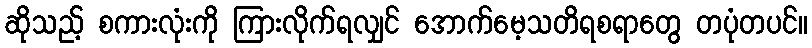
ဆိုသည့် စကားလုံးကို ကြားလိုက်ရလျှင် အောက်မေ့သတိရစရာတွေ တပုံတပင်။